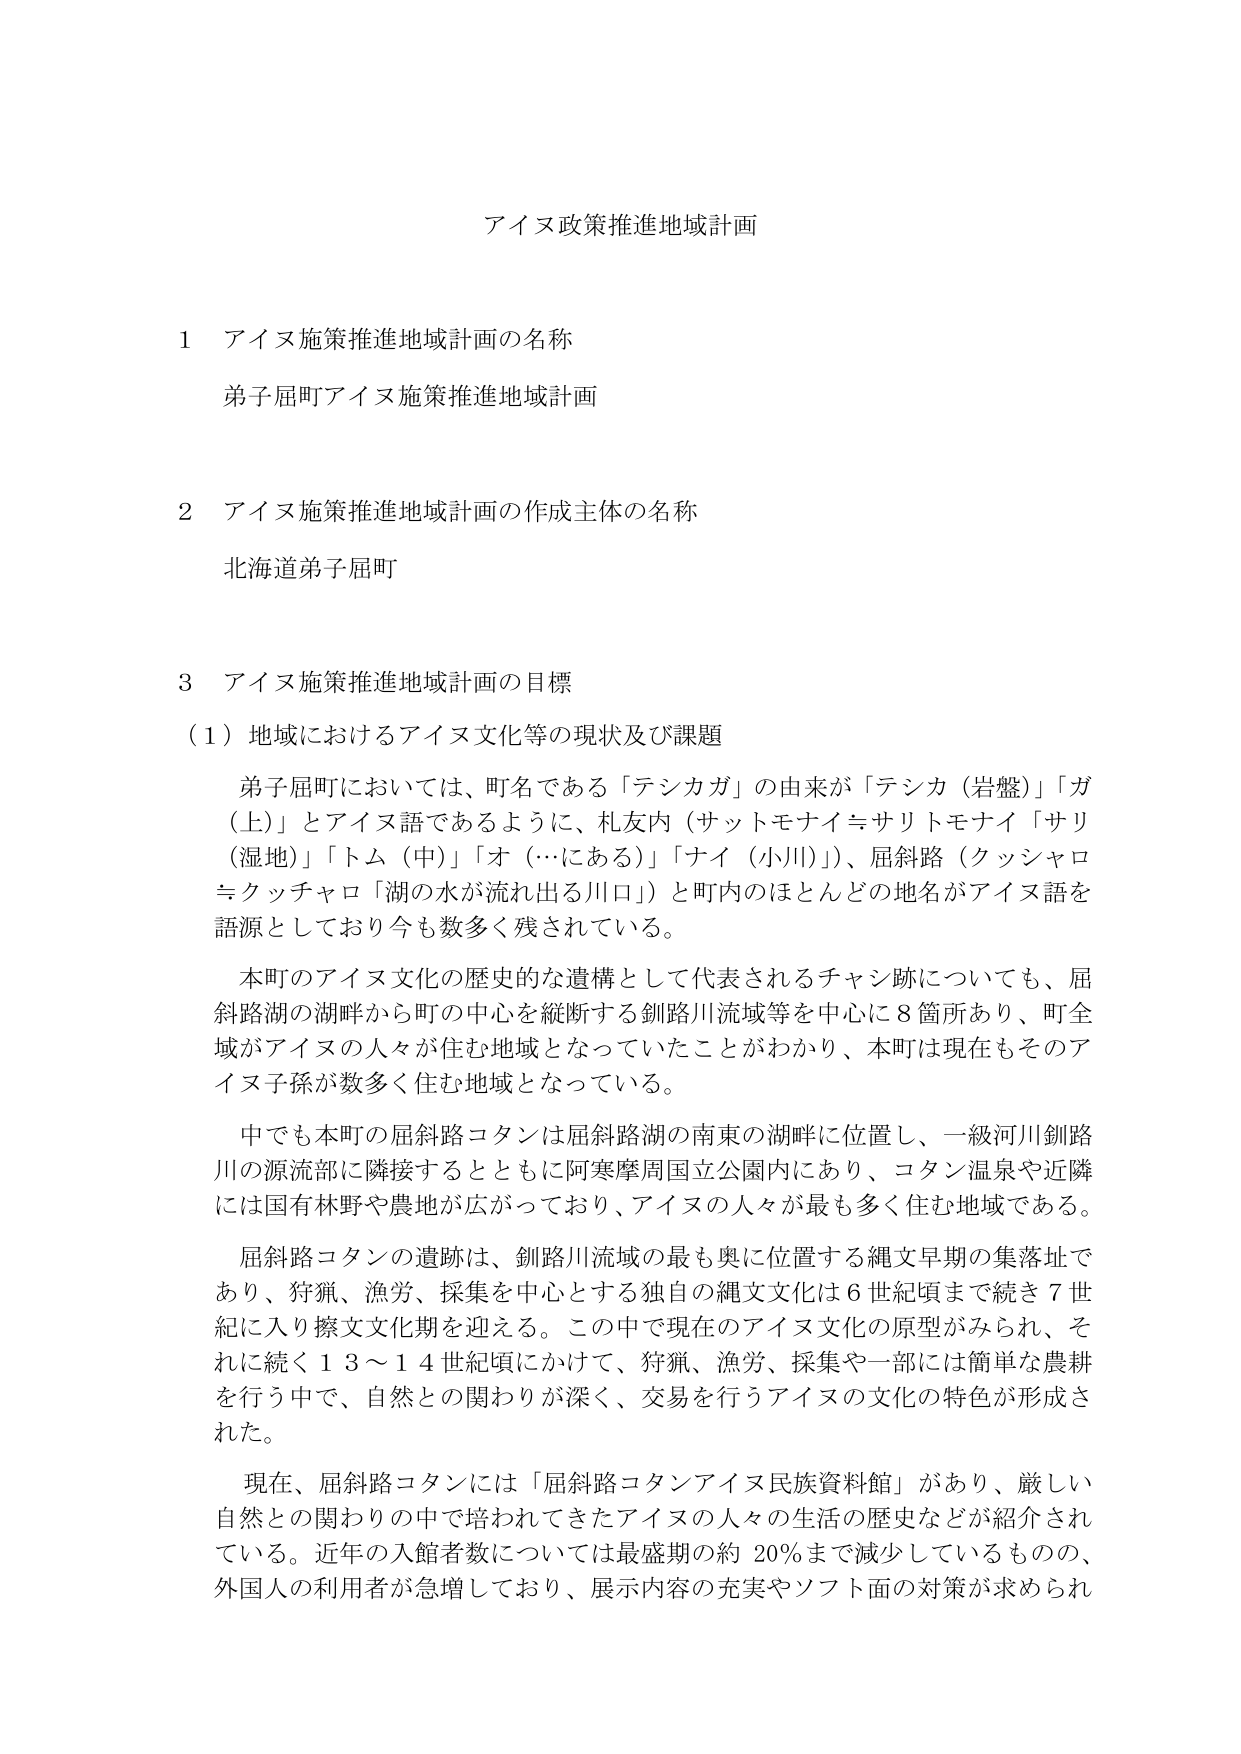
アイヌ政策推進地域計画

1 アイヌ施策推進地域計画の名称
弟子屈町アイヌ施策推進地域計画

2 アイヌ施策推進地域計画の作成主体の名称
北海道弟子屈町

3 アイヌ施策推進地域計画の目標
（1）地域におけるアイヌ文化等の現状及び課題

弟子屈町においては、町名である「テシカガ」の由来が「テシカ（岩盤）」「ガ（上）」とアイヌ語であるように、札友内（サットモナイ≒サリトモナイ「サリ（湿地）」「トム（中）」「オ（…にある）」「ナイ（小川）」）、屈斜路（クッシャロ≒クッチャロ「湖の水が流れ出る川口」）と町内のほとんどの地名がアイヌ語を語源としており今も数多く残されている。

本町のアイヌ文化の歴史的な遺構として代表されるチャン跡についても、屈斜路湖の湖畔から町の中心を縦断する釧路川流域等を中心に8箇所あり、町全域がアイヌの人々が住む地域となっていたことがわかり、本町は現在もそのアイヌ子孫が数多く住む地域となっている。

中でも本町の屈斜路コタンは屈斜路湖の南東の湖畔に位置し、一級河川釧路川の源流部に隣接するとともに阿寒摩周国立公園内にあり、コタン温泉や近隣には国有林野や農地が広がっており、アイヌの人々が最も多く住む地域である。

屈斜路コタンの遺跡は、釧路川流域の最も奥に位置する縄文早期の集落址であり、狩猟、漁労、採集を中心とする独自の縄文文化は6世紀頃まで続き7世紀に入り擦文文化期を迎える。この中で現在のアイヌ文化の原型がみられ、それに続く13～14世紀頃にかけて、狩猟、漁労、採集や一部には簡単な農耕を行う中で、自然との関わりが深く、交易を行うアイヌの文化の特色が形成された。

現在、屈斜路コタンには「屈斜路コタンアイヌ民族資料館」があり、厳しい自然との関わりの中で培われてきたアイヌの人々の生活の歴史などが紹介されている。近年の入館者数については最盛期の約20％まで減少しているものの、外国人の利用者が急増しており、展示内容の充実やソフト面の対策が求められ